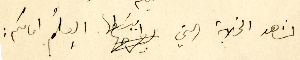
المشاهد الخلابة التي يبسَطها العِلمُ امامكم :